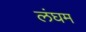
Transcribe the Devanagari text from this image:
लंघम